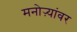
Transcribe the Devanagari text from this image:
मनोऱ्यांवर